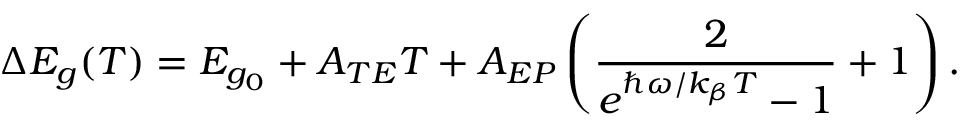
\Delta E _ { g } ( T ) = E _ { g _ { 0 } } + A _ { T E } T + A _ { E P } \left( \frac { 2 } { e ^ { \hbar \omega / k _ { \beta } T } - 1 } + 1 \right) .